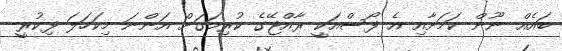
ބައެއް ނޫން ކަމަށާއި އެ ފޯސްއަކީ ރާއްޖޭގެ ކުރިމަގަށް އަންނަ މިކަހަލަ ފިކުރީ